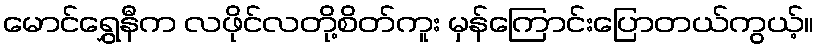
မောင်ရွှေနီက လဖိုင်လတို့စိတ်ကူး မှန်ကြောင်းပြောတယ်ကွယ့်။